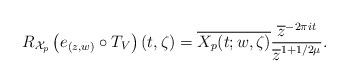
LaTeX: \begin{align*}R_{\mathcal{X}_p}\left(e_{(z,w)}\circ T_V\right)(t,\zeta)=\overline{X_p(t;w,\zeta)}\frac{\overline{z}^{-2\pi it}}{\overline{z}^{1+1/2\mu}}.\end{align*}